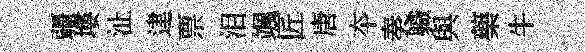
疆塿沚䢖票泪颯匠唐夲奏軄與藥牛